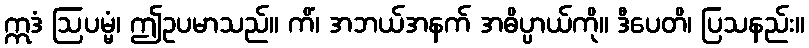
ဣဒံ ဩပမ္မံ၊ ဤဥပမာသည်။ ကိံ၊ အဘယ်အနက် အဓိပ္ပာယ်ကို။ ဒီပေတိ၊ ပြသနည်း။